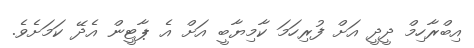
އިބްރާހިމް ދީދީ އަށް ފުރިހަމަ ކާމިޔާބީ އަށް އެ ޕާޓީން އެދޭ ކަމަށެވެ.